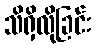
သိရှိလိုခြင်း